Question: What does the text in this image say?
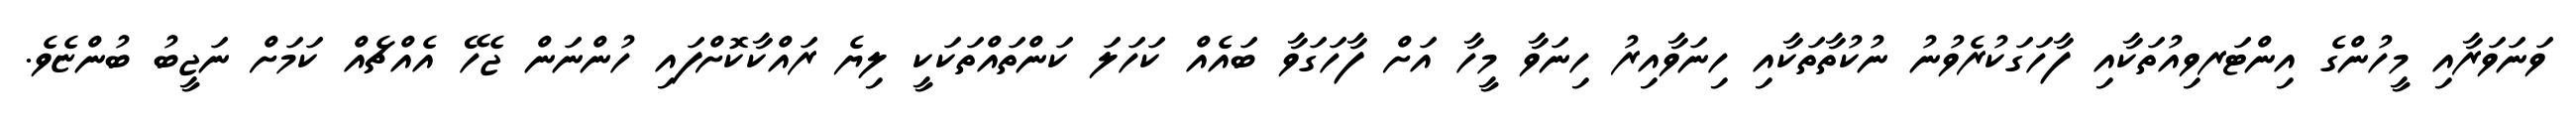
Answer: ވަނަވަރާއި މީހުންގެ އިންޓަރވިއުތަކާއި ފާހަގަކުރެވުނު ނުކުތާތަކާއި ހިނަވާއިރު ހިނަވާ މީހާ އަށް ފާހަގަވާ ބައެއް ކަހަލަ ކަންތައްތަކަކީ ލިޔެ ރައްކާކޮށްފައި ހުންނަން ޖެހޭ އެއްޗެއް ކަމަށް ނަޖީބު ބުންޏެވެ.